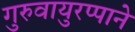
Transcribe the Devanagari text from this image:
गुरुवायुरप्पाने